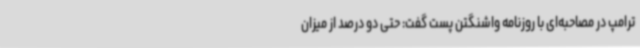
ترامپ در مصاحبه‌ای با روزنامه واشنگتن پست گفت: حتی دو درصد از میزان